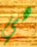
هي